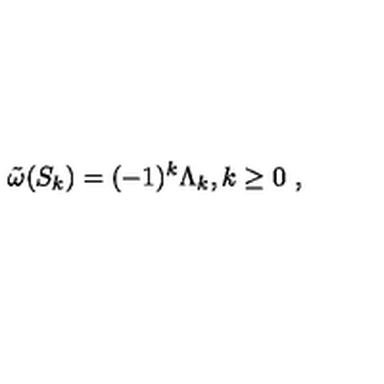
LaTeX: \tilde { \omega } ( S _ { k } ) = ( - 1 ) ^ { k } \Lambda _ { k } , k \geq 0 \ ,